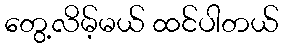
တွေ့လိမ့်မယ် ထင်ပါတယ်